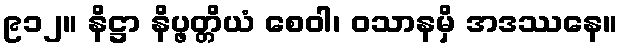
၉၁၂။ နိဋ္ဌာ နိပ္ဖတ္တိယံ စေဝါ၊ ဝသာနမှိ အဒဿနေ။